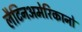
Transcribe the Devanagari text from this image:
लैटिनअमेरिकानो